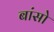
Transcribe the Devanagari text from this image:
बांसो